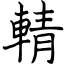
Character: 輤